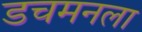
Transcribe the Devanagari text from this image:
डचमनला